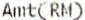
AMT(RM)